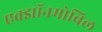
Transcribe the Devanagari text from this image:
एक्झॉनमोबिल